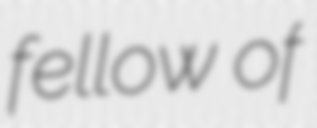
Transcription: fellow of